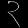
Digit: ၃